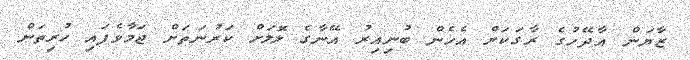
ޒާޔަން އާދޭހުގެ ރާގަކަށް އެހެން ބުނިއިރު އޭނާގެ ލޮލަށް ކަރުނަތަށް ޖަމާވެފައި ހުރިތަން